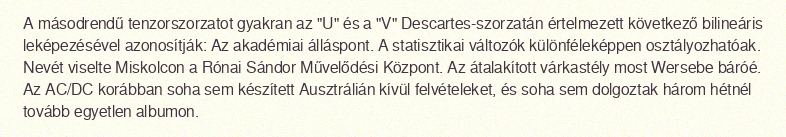
A másodrendű tenzorszorzatot gyakran az "U" és a "V" Descartes-szorzatán értelmezett következő bilineáris leképezésével azonosítják: Az akadémiai álláspont. A statisztikai változók különféleképpen osztályozhatóak. Nevét viselte Miskolcon a Rónai Sándor Művelődési Központ. Az átalakított várkastély most Wersebe báróé. Az AC/DC korábban soha sem készített Ausztrálián kívül felvételeket, és soha sem dolgoztak három hétnél tovább egyetlen albumon.